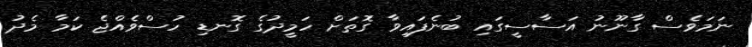
ނަމަވެސް ގާނޫނު އަސާސީގައި ބުނެފައިވާ ގޮތަށް ހަމީދުގެ ގޮނޑި ހުސްވެއްޖެ ކަމާ މެދު